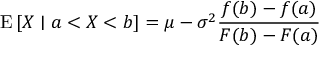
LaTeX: \operatorname { E } \left[ X \mid a < X < b \right] = \mu - \sigma ^ { 2 } { \frac { f ( b ) - f ( a ) } { F ( b ) - F ( a ) } }